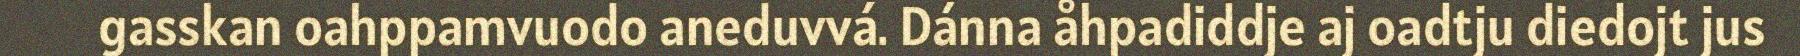
gasskan oahppamvuodo aneduvvá. Dánna åhpadiddje aj oadtju diedojt jus